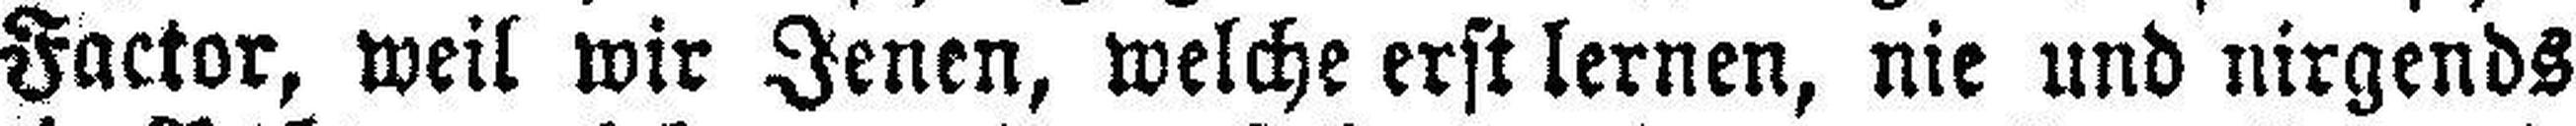
Factor, weil wir Jenen, welche erst lernen, nie und nirgends